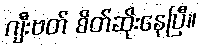
ဂျီးဗတ် စိတ်ဆိုးနေပြီ။